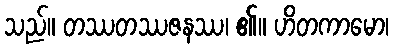
သည်။ တဿတဿဇနဿ၊ ၏။ ဟိတကာမော၊